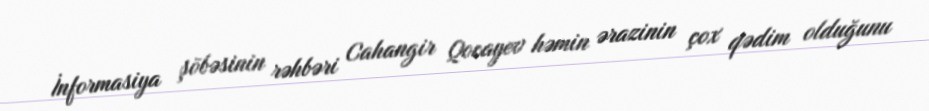
İnformasiya şöbəsinin rəhbəri Cahangir Qocayev həmin ərazinin çox qədim olduğunu